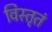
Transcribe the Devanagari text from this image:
विस्तृतं